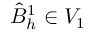
\hat { B } _ { h } ^ { 1 } \in V _ { 1 }